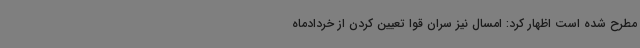
مطرح شده است اظهار کرد: امسال نیز سران قوا تعیین کردن از خردادماه